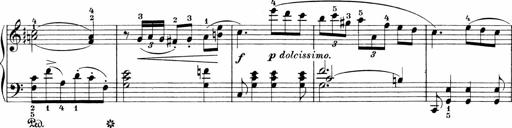
Title: 3 Sonatinas
Composer: Carl Reinecke